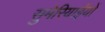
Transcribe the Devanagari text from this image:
सुमेरियाईयों